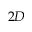
2 D